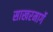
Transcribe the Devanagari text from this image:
साखरमार्गे